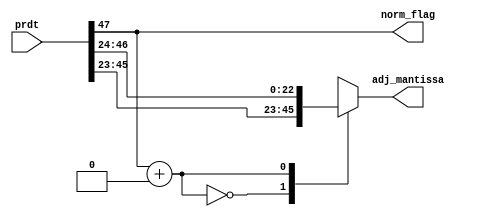
module normalize(
output wire [22:0] adj_mantissa, //adjusted mantissa (after extracting out required part)
output wire norm_flag, input wire [47:0] prdt ); //returns norm =1 if normalization needs to be done. 
and (norm_flag, prdt[47], 1'b1); 
wire [22:0] results[1:0];
assign results[0] = prdt [45:23];
assign results[1] = prdt [46:24];
assign adj_mantissa = {results[norm_flag+0]};
endmodule